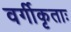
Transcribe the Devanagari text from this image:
वर्गीकृताः